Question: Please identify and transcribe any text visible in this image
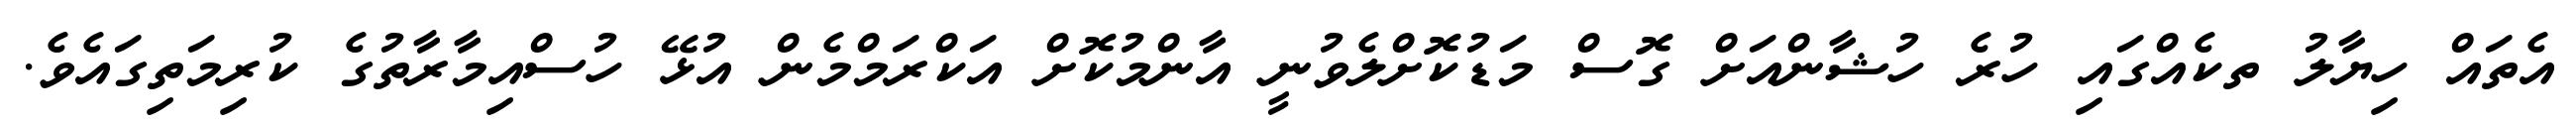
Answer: އެތައް ހިޔާލު ތކެއްގައި ހުރެ ހުޝާންއަށް ގޮސް މަޑުކޮށްލެވުނީ އާންމުކޮށް އަކްރަމްމެން އުޅޭ ހުސްއިމާރާތުގެ ކުރިމަތިގައެވެ.